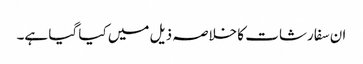
ان سفارشات کا خلاصہ ذیل میں کیا گیا ہے۔